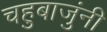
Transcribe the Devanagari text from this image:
चहुबाजुंनी